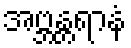
အဗ္ဘန္တရာနံ